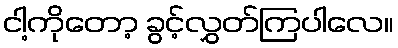
ငါ့ကိုတော့ ခွင့်လွှတ်ကြပါလေ။